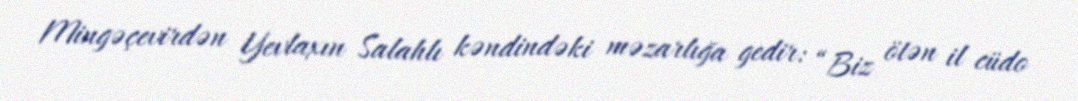
Mingəçevirdən Yevlaxın Salahlı kəndindəki məzarlığa gedir: “Biz ötən il cüdo